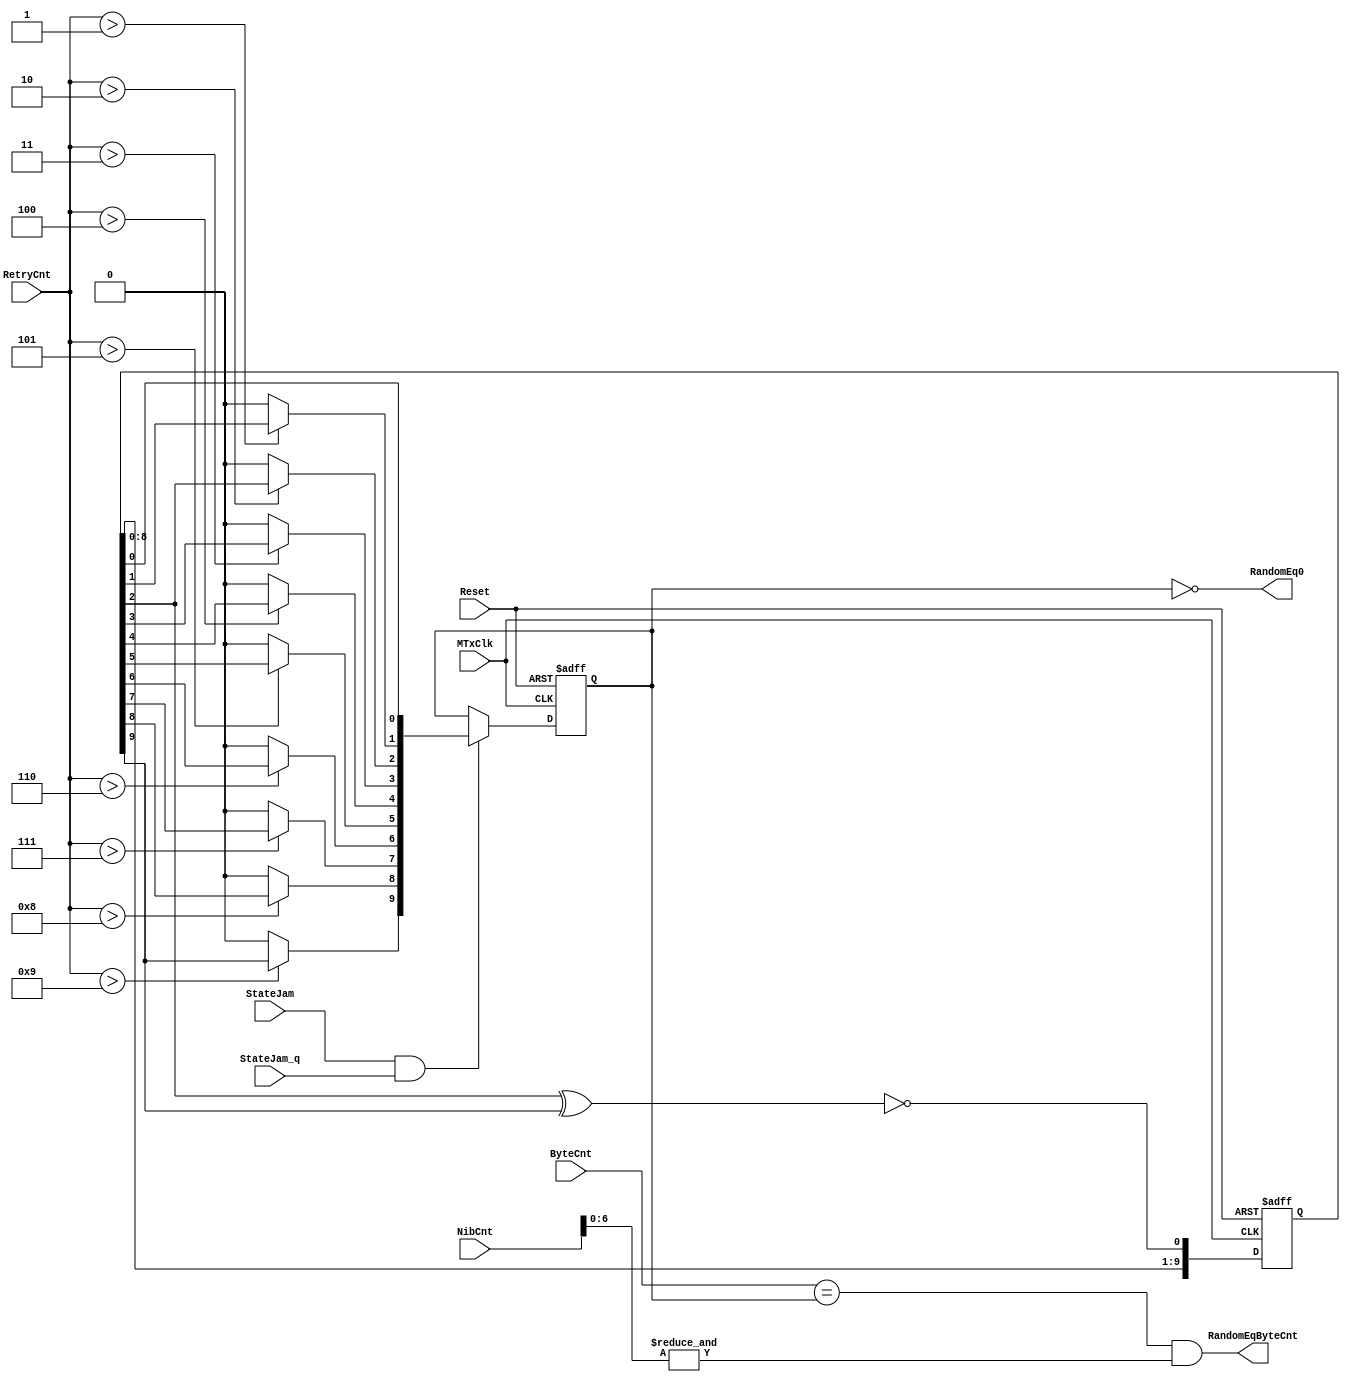
module eth_random (MTxClk, Reset, StateJam, StateJam_q, RetryCnt, NibCnt, ByteCnt, 
                   RandomEq0, RandomEqByteCnt);

parameter Tp = 1;

input MTxClk;
input Reset;
input StateJam;
input StateJam_q;
input [3:0] RetryCnt;
input [15:0] NibCnt;
input [9:0] ByteCnt;
output RandomEq0;
output RandomEqByteCnt;

wire Feedback;
reg [9:0] x;
wire [9:0] Random;
reg  [9:0] RandomLatched;


always @ (posedge MTxClk or posedge Reset)
begin
  if(Reset)
    x[9:0] <= #Tp 0;
  else
    x[9:0] <= #Tp {x[8:0], Feedback};
end

assign Feedback = ~(x[2] ^ x[9]);

assign Random [0] = x[0];
assign Random [1] = (RetryCnt > 1) ? x[1] : 1'b0;
assign Random [2] = (RetryCnt > 2) ? x[2] : 1'b0;
assign Random [3] = (RetryCnt > 3) ? x[3] : 1'b0;
assign Random [4] = (RetryCnt > 4) ? x[4] : 1'b0;
assign Random [5] = (RetryCnt > 5) ? x[5] : 1'b0;
assign Random [6] = (RetryCnt > 6) ? x[6] : 1'b0;
assign Random [7] = (RetryCnt > 7) ? x[7] : 1'b0;
assign Random [8] = (RetryCnt > 8) ? x[8] : 1'b0;
assign Random [9] = (RetryCnt > 9) ? x[9] : 1'b0;


always @ (posedge MTxClk or posedge Reset)
begin
  if(Reset)
    RandomLatched <= #Tp 10'h000;
  else
    begin
      if(StateJam & StateJam_q)
        RandomLatched <= #Tp Random;
    end
end

// Random Number == 0      IEEE 802.3 page 68. If 0 we go to defer and not to backoff.
assign RandomEq0 = RandomLatched == 10'h0; 

assign RandomEqByteCnt = ByteCnt[9:0] == RandomLatched & (&NibCnt[6:0]);

endmodule